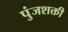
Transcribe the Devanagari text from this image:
पुंजशक्ती